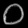
Digit: ၀